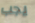
يجب